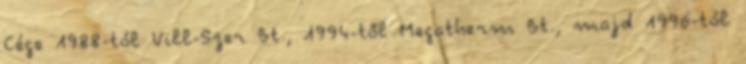
Cége 1988-tól Vill-Szer Bt., 1994-től Megatherm Bt., majd 1996-tól